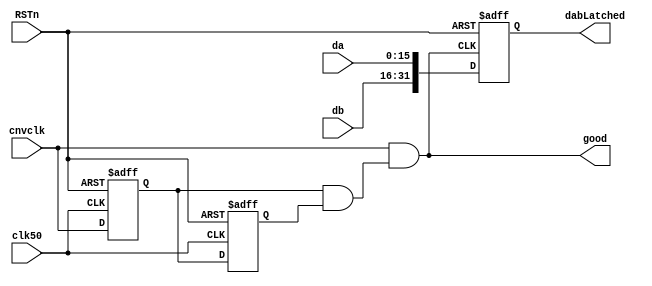
`timescale 1 ps / 1 ps

module latchDIN(
	input RSTn,                         //async reset active low
	input clk50,                        //internal clock
	input [15:0] da,                    //channel a, 5MHz update rate
	input [15:0] db,                    //channel b, 5MHz update rate
	input cnvclk,                       //posedge means A and B are stable
	output [31:0] dabLatched,           //latched to avoid glitches
	output good                         //if good, dabLatched is valid
);
	reg syncA, syncB;                   //synchronize da and db with our 50MHz frame
	reg [31:0] din;                     //synchronization buffer
	
	assign good = cnvclk & (syncA & syncB);
	assign dabLatched[31:0] = din[31:0];
	
	initial begin
		syncA = 0;
		syncB = 0;
		din = 32'b0;
	end
	//latch din on every cnvclk
	always @(negedge RSTn, posedge good) begin
		if (~RSTn) begin
			din <= 32'b0;
		end else begin
			din[15:0] <= da[15:0];
			din[31:16] <= db[15:0];
		end
	end
	
	//Make sure din is good
	always @(negedge RSTn, posedge clk50) begin
		if (~RSTn) begin
			syncA <= 0;
			syncB <= 0;
		end else begin
			syncA <= cnvclk;
			syncB <= syncA;
		end
	end
endmodule